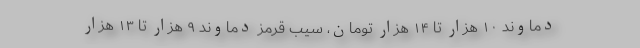
دماوند ۱۰ هزار تا ۱۴ هزار تومان، سیب قرمز دماوند ۹ هزار تا ۱۳ هزار